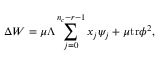
\Delta W = \mu \Lambda \sum _ { j = 0 } ^ { n _ { c } - r - 1 } x _ { j } \psi _ { j } + \mu \mathrm { t r } \phi ^ { 2 } ,